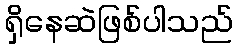
ရှိနေဆဲဖြစ်ပါသည်